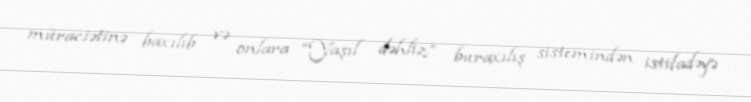
müraciətinə baxılıb və onlara “Yaşıl dəhliz” buraxılış sistemindən istifadəyə